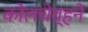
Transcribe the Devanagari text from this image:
कोलचेव्हने